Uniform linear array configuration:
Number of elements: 24
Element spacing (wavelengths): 0.75
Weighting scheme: blackman
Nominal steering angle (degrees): -30
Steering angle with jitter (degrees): -31.118
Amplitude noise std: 0.05
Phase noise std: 0.05

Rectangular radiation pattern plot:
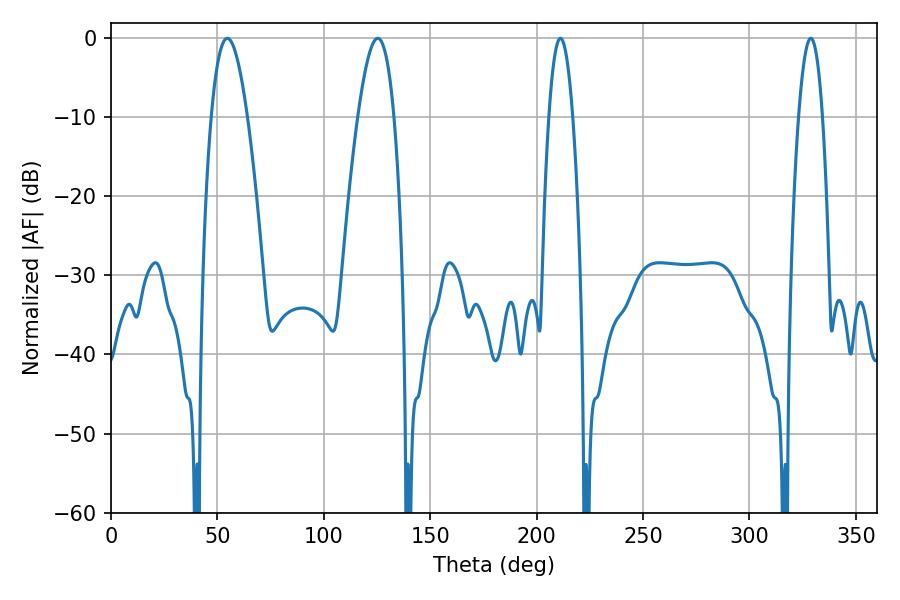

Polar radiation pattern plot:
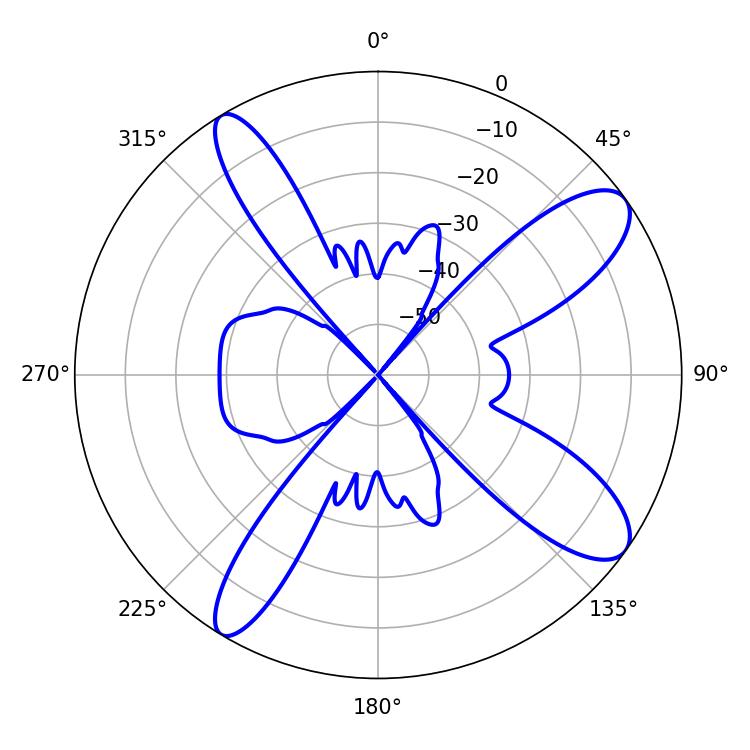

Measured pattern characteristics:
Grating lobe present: TRUE
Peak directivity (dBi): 10.836
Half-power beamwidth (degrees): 6.3
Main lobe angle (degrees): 211.14